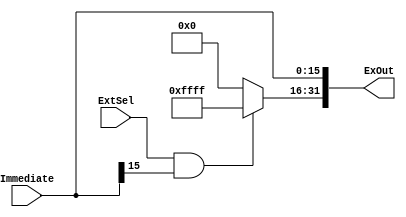
`timescale 1ns / 1ps
//////////////////////////////////////////////////////////////////////////////////
// Company: 
// Engineer: 
// 
// Design Name: 
// Module Name: SignZeroExtend
// Project Name: 
// Target Devices: 
// Tool Versions: 
// Description: 
// 
// Dependencies: 
// 
// Revision:
// Revision 0.01 - File Created
// Additional Comments:
// 
//////////////////////////////////////////////////////////////////////////////////


module SignZeroExtend(Immediate,ExtSel, ExOut );
input [15:0] Immediate;
input ExtSel;
output [31:0] ExOut;

assign ExOut[15:0] = Immediate[15:0];
assign ExOut[31:16] = (ExtSel == 1 && (Immediate[15]==1))?16'hFFFF:16'h0000;
endmodule